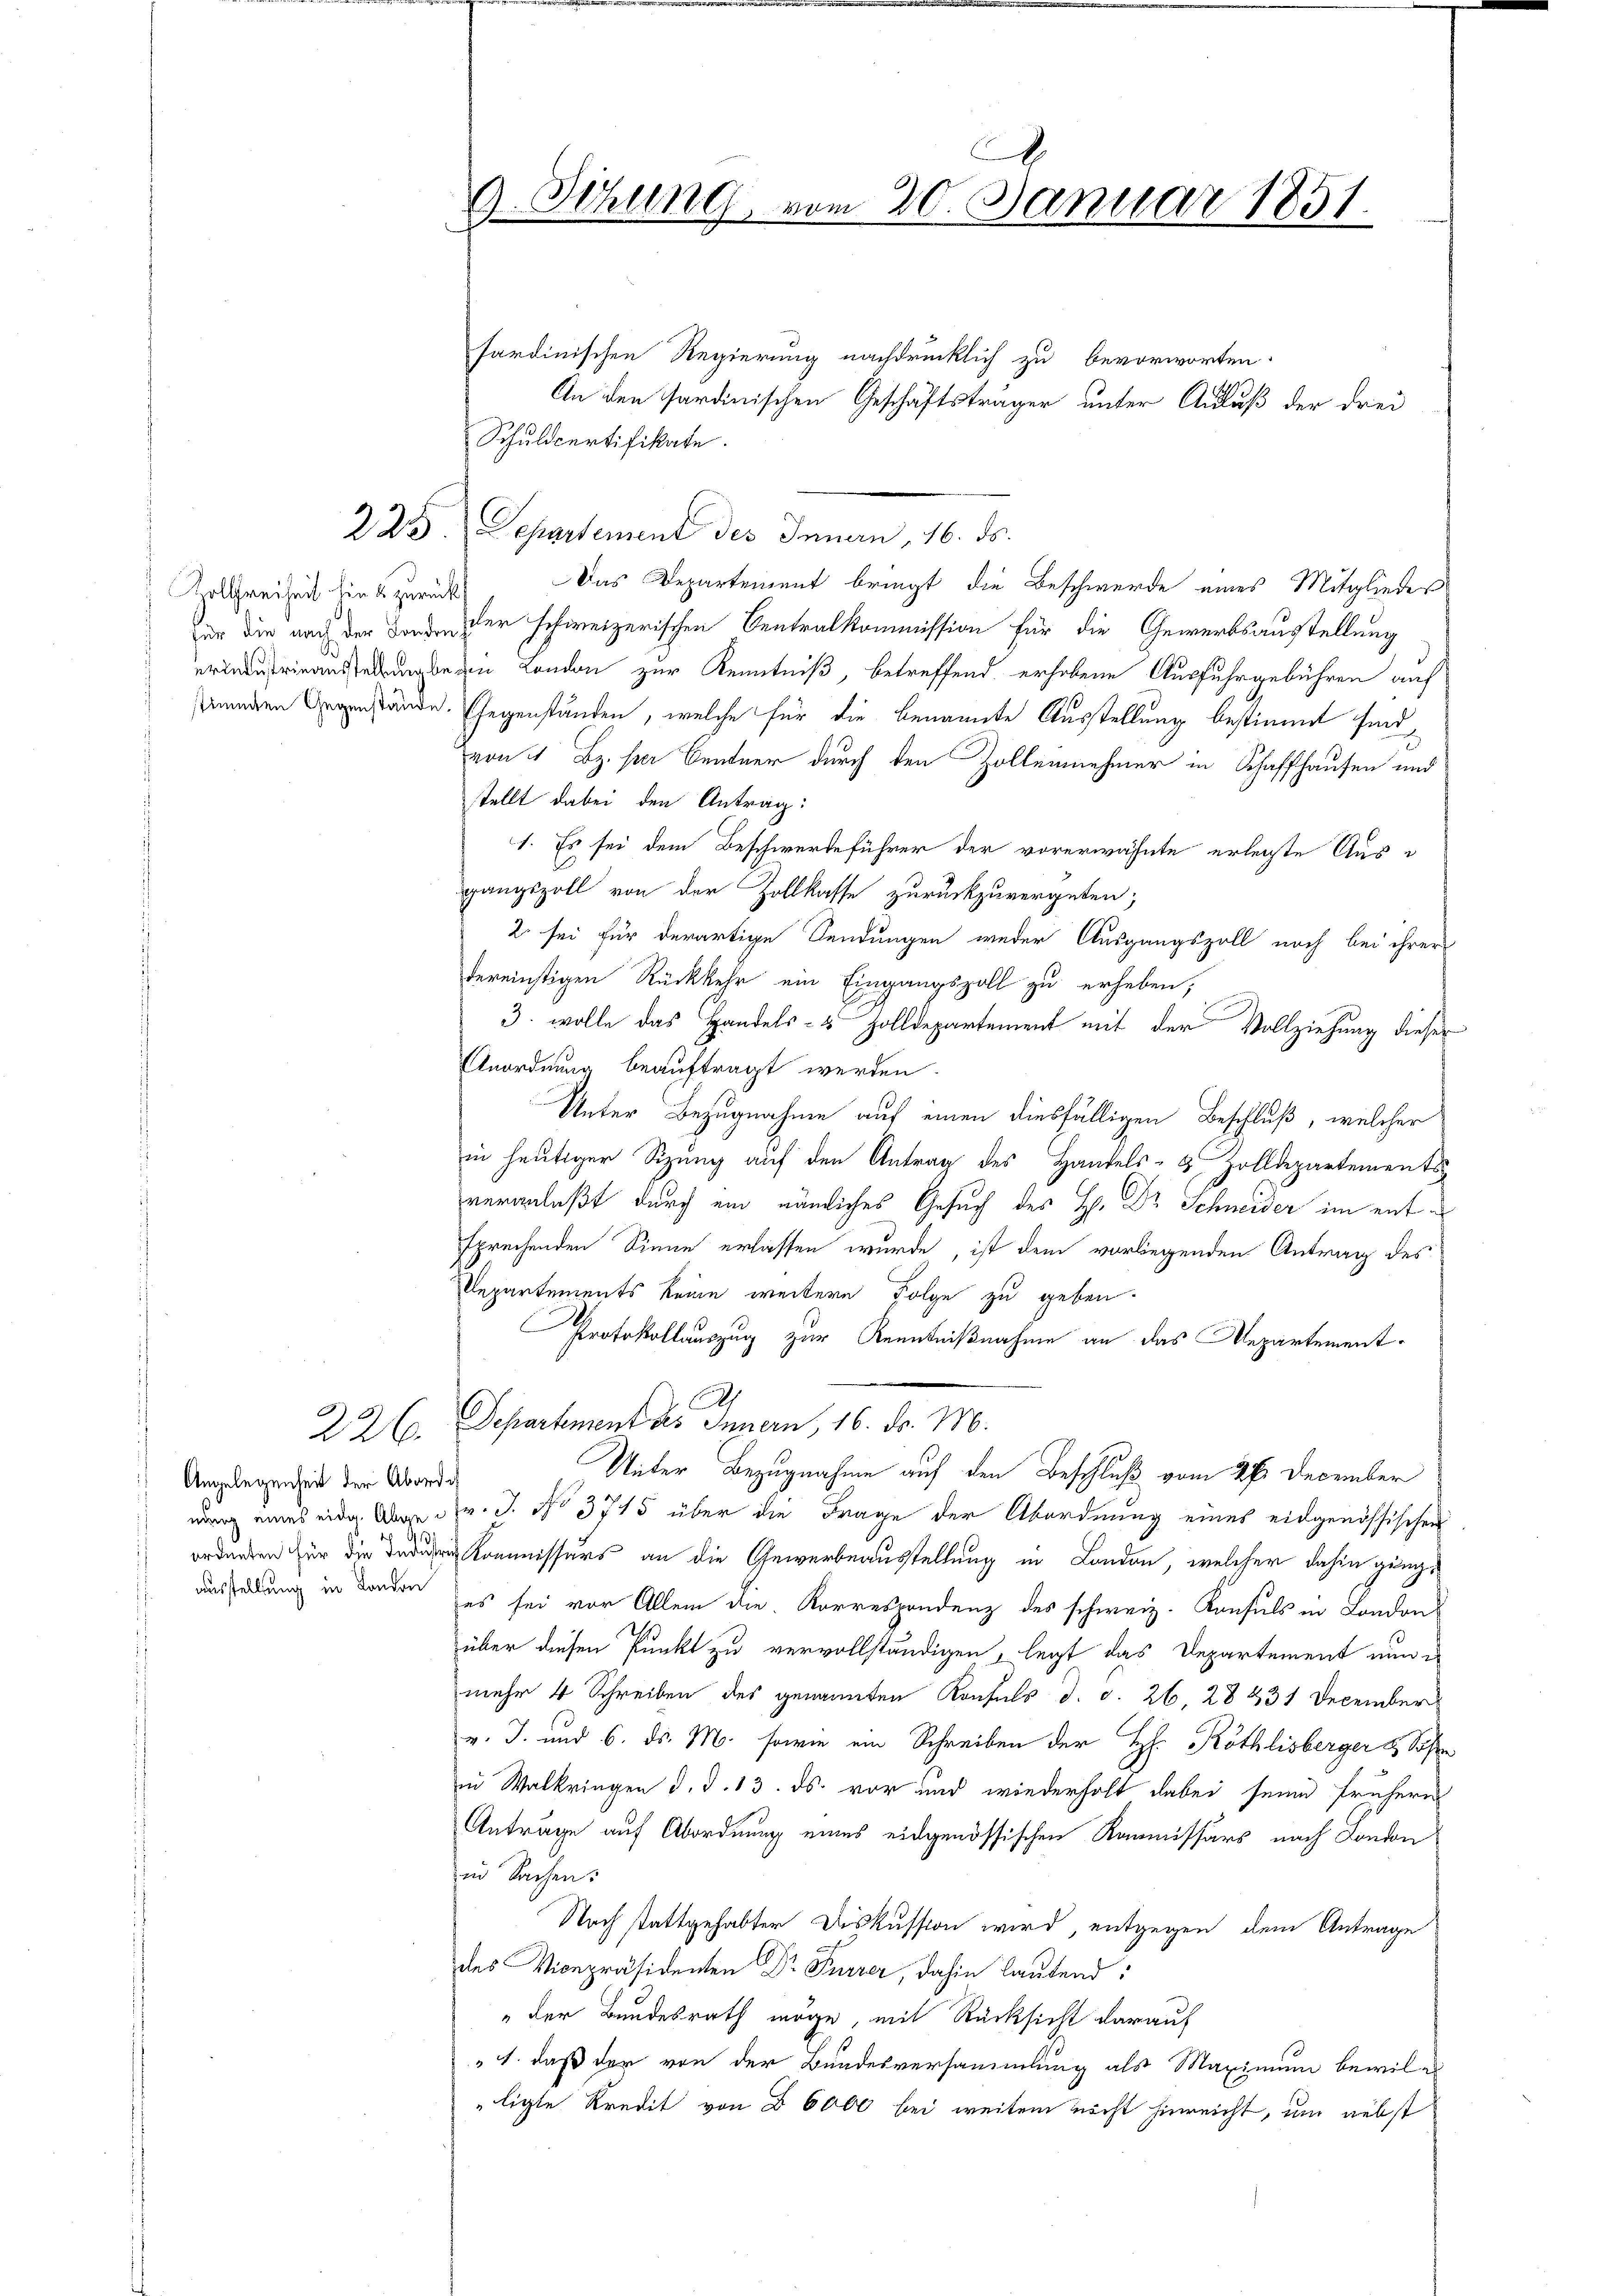
Zollfreiheit hin & zurücks

226.

Angelegenheit der Abordi
r

9. Sitzung, vom 20. Januar 1851.

Schuldpertifikate.

sardinischen Regierung nachdrücklich zu bevorworten.
An den Sardinischen Geschäftsträger unter Aufluß der drei
223. Separtement des Innern, 16. ds.
Das Departement bringt die Beschwerde eines Mitglieder
für die nach der oder schweizerischen Centralkommission für die Gewerbsaustellung
 London zur Kenntniß, betreffend erhobene Ausfuhrgebühren auf
denden Gegenstände. Gegenständen, welche für die benannte Ausstellung bestimmt sind,
von 4. Bz. per Centner durch den Zollenehmer in Schaffhausen und
stellt dabei den Antrag:
1. Es sei dem Beschwerdeführer der vorerwähnte erlegte Ausgangszoll von der Zollkasse zurückzuvergeben;
2 sei für derartige Sendungen weder Ausgangszoll noch bei ihrer
dereinstigen Rückkehr ein Eingangszoll zu erheben,
3. wolle das Handels- & Zolldepartement mit der Vollziehung dieser
Anordnung beauftragt werden.
Unter Bezugnahme auf einen diesfälligen Beschluß, welcher
in heutiger Sizung auf den Antrag des Handels- & Zolldepartements
veranlaßt durch ein nämliches Gesuch des H. Dr Schneider im entsprechenden Sinne erlassen wurde, ist dem vorliegenden Antrag des
Departements keine weitere Folge zu geben.
Protokollauszug zur Kenntnißnahme an das Repartement¬
Separtement des Innern, 16. d. M.
Unter Bezugnahme auf den Beschluß vom 26. December
nung eines eidg. Auge v. J. No 3745 über die Frage der Abordnung eines eidgenössischen
 ordneten für die Juden Kommissärs an die Gewerbeausstellung in London, welcher dahin gänge
ausserung in London, es sei vor Allem die Korrespondenz des schweiz. Konsuls in London
über diesen Punkt zu vervollständigen, legt das Departement nun
mehr 4 Schreiben des genannten Konfels d. d. 26, 28 431 December
v. J. und 6. ds. M. sowie ein Schreiben der Hr. Röthlisberger & Sohn
in Walkriegen d. d. 13. ds. vor und wiederholt dabei seine frühere
Anträge auf Abordnung eines eidgenössischen Kommissärs nach London
in Sachen.
Nach stattgehabter Diskussion wird, entgegen dem Antrage
des Vicepräsidenten Dr Furrer, dahin lautend:
" der Bundesrath möge, mit Rücksicht darauf
"1. daß der von der Bundesversammlung als Maximum bewil es
ligte Kredit von 6000 bei weitem nicht hinreicht, um nebst